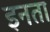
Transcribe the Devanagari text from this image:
इनता